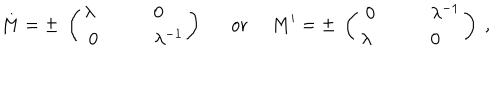
LaTeX: M = \pm \; \left( \begin{array} { l l l } { { \lambda } } & { { \quad } } & { { 0 } } \\ { { \; 0 } } & { { \quad } } & { { \lambda ^ { - 1 } } } \\ \end{array} \right) \ \ \mathrm { o r } \ M ^ { \prime } = \pm \; \left( \begin{array} { l l l } { { \; 0 } } & { { \quad } } & { { \lambda ^ { - 1 } } } \\ { { \lambda } } & { { \quad } } & { { 0 } } \\ \end{array} \right) \ ,